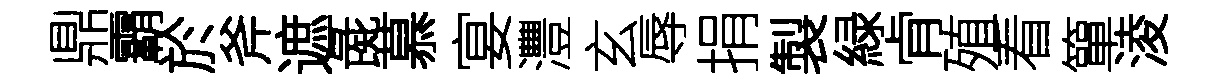
鼎霸於斧遮彘慕宴灃玄辱捐製緑肻殖看簞淩